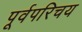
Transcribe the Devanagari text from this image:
पूर्वपरिचय